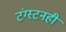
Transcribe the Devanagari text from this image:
टंग्स्टनही